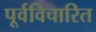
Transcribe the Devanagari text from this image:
पूर्वविचारित